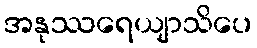
အနုဿရေယျာသိပေ